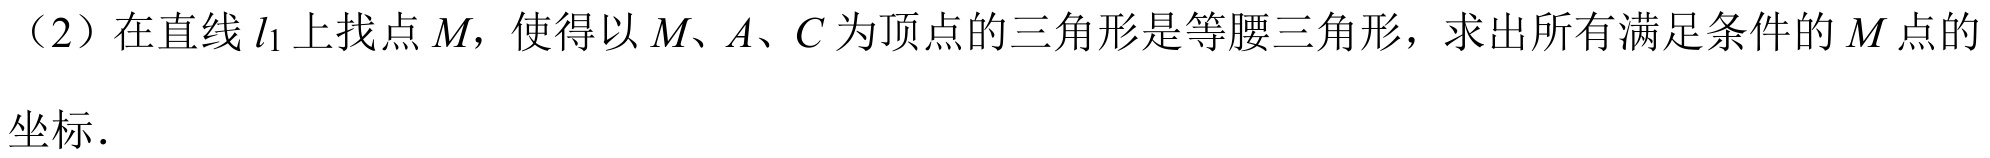
（2）在直线\(l_{1}\)上找点\(M\)，使得以\(M\)、\(A\)、\(C\)为顶点的三角形是等腰三角形，求出所有满足条件的\(M\)点的
坐标.